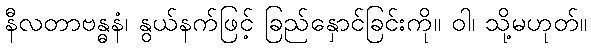
နီလတာဗန္ဓနံ၊ နွယ်နက်ဖြင့် ခြည်နှောင်ခြင်းကို။ ဝါ၊ သို့မဟုတ်။